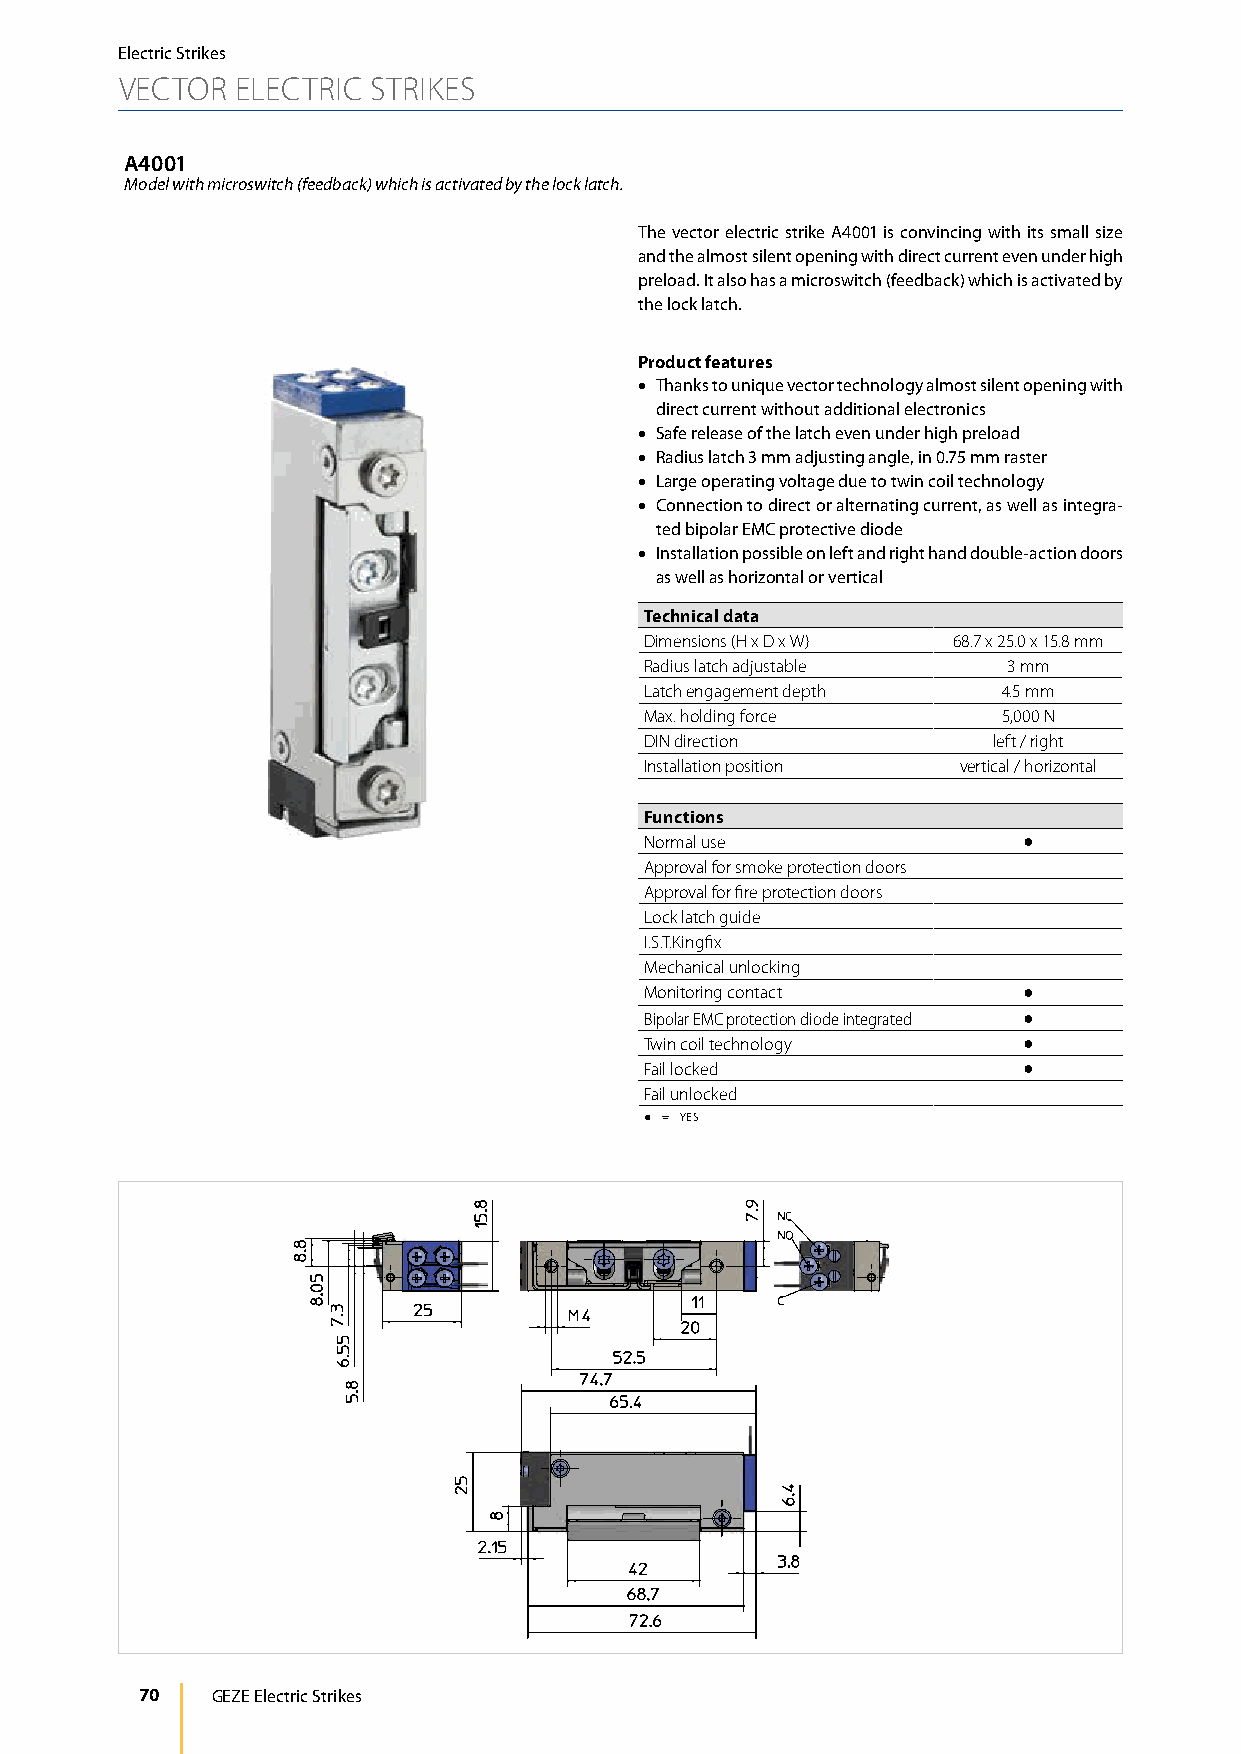
Electric Strikes
 VECTOR  ELECTRIC STRIKES
 A4001
 Model with microswitch (feedback) which is activated by the lock latch.
 The vector electric strike A4001 is convincing with its small size
 and the almost silent opening with direct current even under high
 preload. It also has a microswitch (feedback) which is activated by
 the lock latch.
 Product features
 • Thanks to unique vector technology almost silent opening with
 direct current without additional electronics
 • Safe release of the latch even under high preload
 • Radius latch 3 mm adjusting angle, in 0.75 mm raster
 • Large operating voltage due to twin coil technology
 • Connection to direct or alternating current, as well as integra-
 ted bipolar EMC protective diode
 • Installation possible on left and right hand double-action doors
 as well as horizontal or vertical
 Technical data
 Dimensions (H x D x W) 68.7 x 25.0 x 15.8 mm
 Radius latch adjustable 3 mm
 Latch engagement depth 4.5 mm
 Max. holding force     5,000 N
 DIN direction          left / right
 Installation position vertical / horizontal
 Functions
 Normal use               ●
 Approval for smoke protection doors
 Approval for fire protection doors
 Lock latch guide
 I.S.T.Kingfix
 Mechanical unlocking
 Monitoring contact       ●
 Bipolar EMC protection diode integrated ●
 Twin coil technology     ●
 Fail locked              ●
 Fail unlocked
 ● = YES
 70   GEZE Electric Strikes